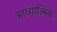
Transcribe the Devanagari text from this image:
आध्‍यात्मिक